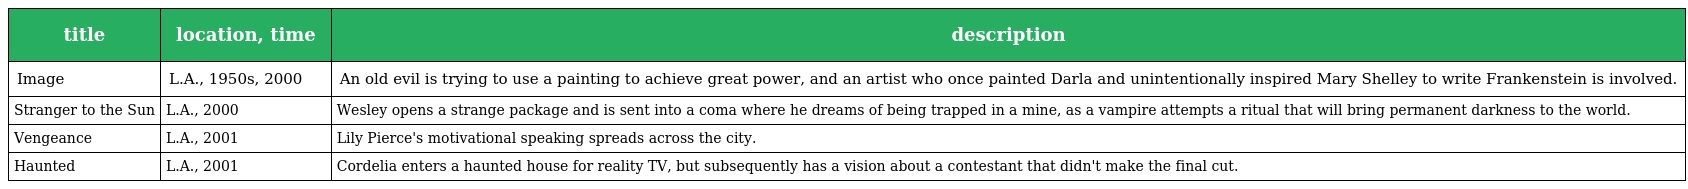
| title | location, time | description |
 | --- | --- | --- |
 | Image | L.A., 1950s, 2000 | An old evil is trying to use a painting to achieve great power, and an artist who once painted Darla and unintentionally inspired Mary Shelley to write Frankenstein is involved. |
 | Stranger to the Sun | L.A., 2000 | Wesley opens a strange package and is sent into a coma where he dreams of being trapped in a mine, as a vampire attempts a ritual that will bring permanent darkness to the world. |
 | Vengeance | L.A., 2001 | Lily Pierce's motivational speaking spreads across the city. |
 | Haunted | L.A., 2001 | Cordelia enters a haunted house for reality TV, but subsequently has a vision about a contestant that didn't make the final cut. |